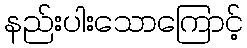
နည်းပါးသောကြောင့်